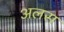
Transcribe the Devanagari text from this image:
अलस